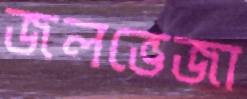
জলভেজা